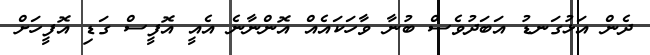
ދެން އަޅުގަނޑު އަބަދުވެސް ބުނާ ވާހަކައެއް އޮންނާނެ އެއީ އޮފީސް ގަޑި އޮފީހަށް